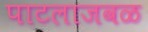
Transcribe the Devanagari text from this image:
पाटलाजवळ